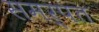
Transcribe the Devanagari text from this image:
समर्पत